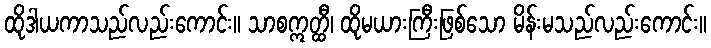
ထိုဒါယကာသည်လည်းကောင်း။ သာစဣတ္ထီ၊ ထိုမယားကြီးဖြစ်သော မိန်းမသည်လည်းကောင်း။